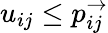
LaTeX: u_{ij}\leq p_{ij}^{\rightarrow}